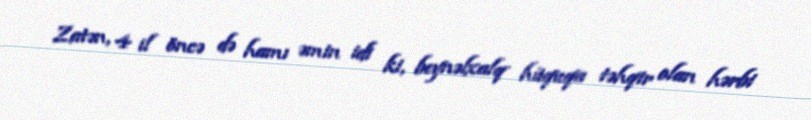
Zatən, 4 il öncə də hamı əmin idi ki, beynəlxalq hüquqa təhqir olan hərbi